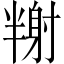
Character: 𡭉